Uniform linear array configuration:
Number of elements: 24
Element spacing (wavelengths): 1
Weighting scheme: hann
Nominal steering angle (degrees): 60
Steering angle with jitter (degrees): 59.905
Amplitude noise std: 0.05
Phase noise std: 0.05

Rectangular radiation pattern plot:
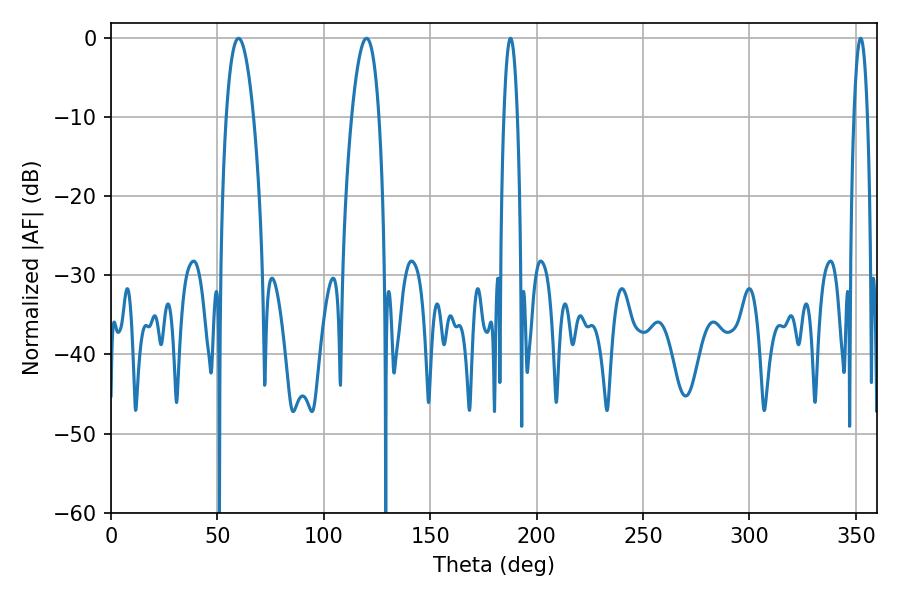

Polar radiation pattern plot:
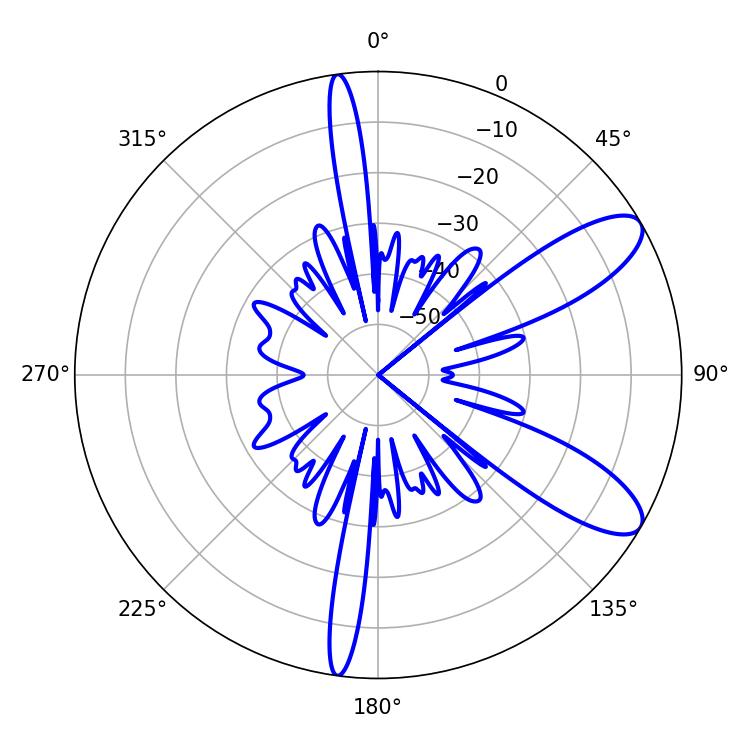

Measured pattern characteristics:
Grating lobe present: TRUE
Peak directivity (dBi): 9.734
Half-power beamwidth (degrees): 3.6
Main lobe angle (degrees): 187.74